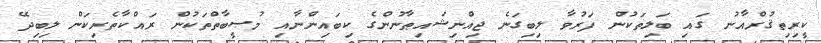
ކީރިތިޤުރްއާނު ގައި ބަލިތަކުން ފަރުވާ ލިބިގަނެ ޖިއްނިޝައިޠާނުންގެ ކިބައިންނާއި މުޞީބާތްތަކުން ރައްކާތެރިކަން ލިބިދޭ